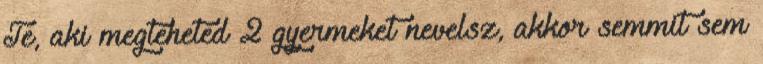
Te, aki megteheted 2 gyermeket nevelsz, akkor semmit sem